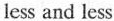
less and less